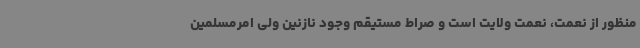
منظور از نعمت، نعمت ولایت است و صراط مستیقم وجود نازنین ولی امرمسلمین